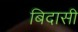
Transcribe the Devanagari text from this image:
बिदासी